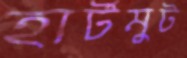
হার্টমুট